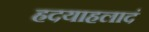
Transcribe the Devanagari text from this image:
ह्रदयाहलादं